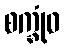
စက္ခုံဝ